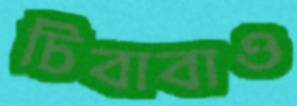
চিবাবাও